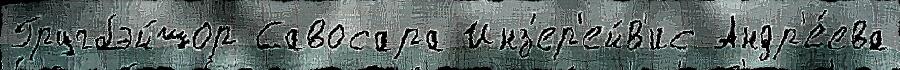
Гругбэйшор Савосара Инз'ер'ейв'ис Андр'е́ева